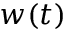
w ( t )